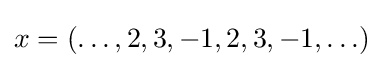
x=(\ldots ,2,3,-1,2,3,-1,\ldots )